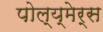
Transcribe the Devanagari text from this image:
पोल्य्मेर्स